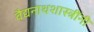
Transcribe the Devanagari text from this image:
वैद्यनाथशास्त्रींनी